King Institute of Preventive Medicine Micro-Biological Section reports 1909-11
Year: 1909
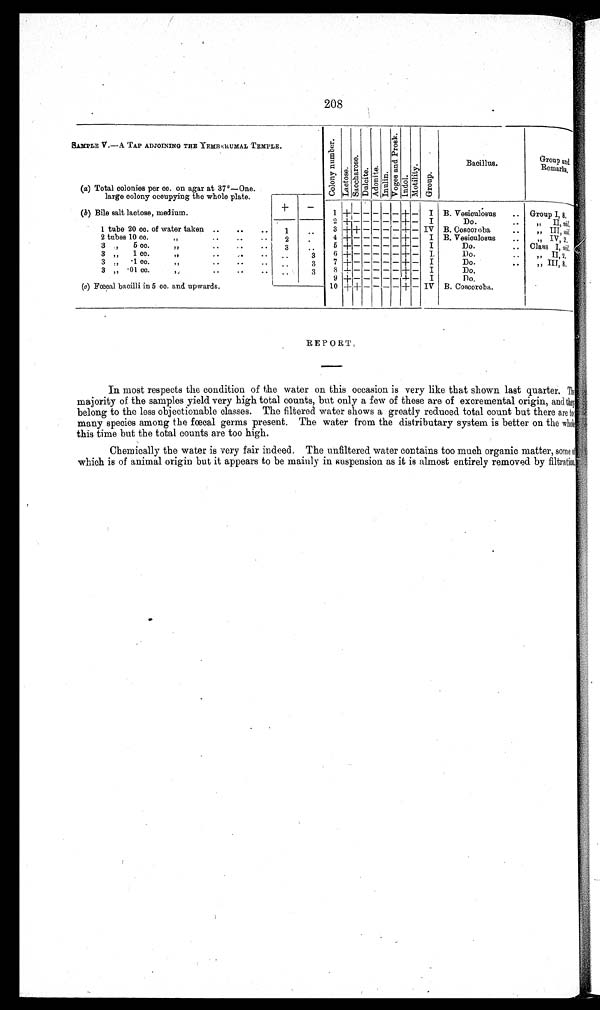
208
SAMPLE V.—A TAP ADJOINING THE YEMBERUMAL TEMPLE.
C o l o n y n u m b e r .
L a c t o s e .
S a c c h a r o s e .
D u l c i t e . A d o n i t e .
I n u l i n .
V o g e s a n d P r o s k .
I n d o l . M o t i l i t y .
G r o u p .
Bacillus.
G r o u p a n d
Remarks.
(a) Total colonies per cc. on agar at 37°—One.
large colony occupying the whole plate.
+
-
( b) Bile salt lactose, medium.
1 + - - - -
- + - I B. Vesiculosus . . Group I, 8.
2 + - - - -
- + - I
Do.
..
„ II, nil.
1 tube 20 cc. of water taken ..
..
..
1
..
3 + + - - -
- + - IV B. Coscoroba
..
,, III, n i l .
2 tubes 10 cc.
..
..
2
.
4 + - - - -
- + - I B. Vesiculosus
..
,, IV, 2.
3 ,, 5 cc. ,, ..
3
..
5 + - - - -
- + - I
Do.
.. Class I, nil.
3 „
1 cc.
,,
. .
3
6 + - - - -
- + - I.
Do.
. .
,, II, 2.
3 „ .1 cc. ,, ..
. .
3
7 + - - - -
- + - I
Do.
..
„ III, 8.
3 „ .01 cc. ,, .. ..
. .
3
8 + - - - -
- + - I
D o .
9 + - - - - - + - I
Do.
(c) Fœcal bacilli in 5 cc. and upwards.
10 + + - - - - + - IV B. Coscoroba.
REPORT.
In most respects the condition of the water on this occasion is very like that shown last quarter. The
majority of the samples yield very high total counts, but only a few of these are of excremental origin, and they
belong to the less objectionable classes. The filtered water shows a greatly reduced total count but there are too
many species among the fœcal germs present. The water from the distributary system is better on the whole
this time but the total counts are too high.
Chemically the water is very fair indeed. The unfiltered water contains too much organic matter, some of
which is of animal origin but it appears to be mainly in suspension as it is almost entirely removed by filtration.